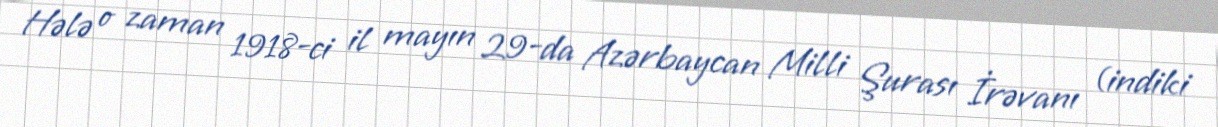
Hələ o zaman 1918-ci il mayın 29-da Azərbaycan Milli Şurası İrəvanı (indiki